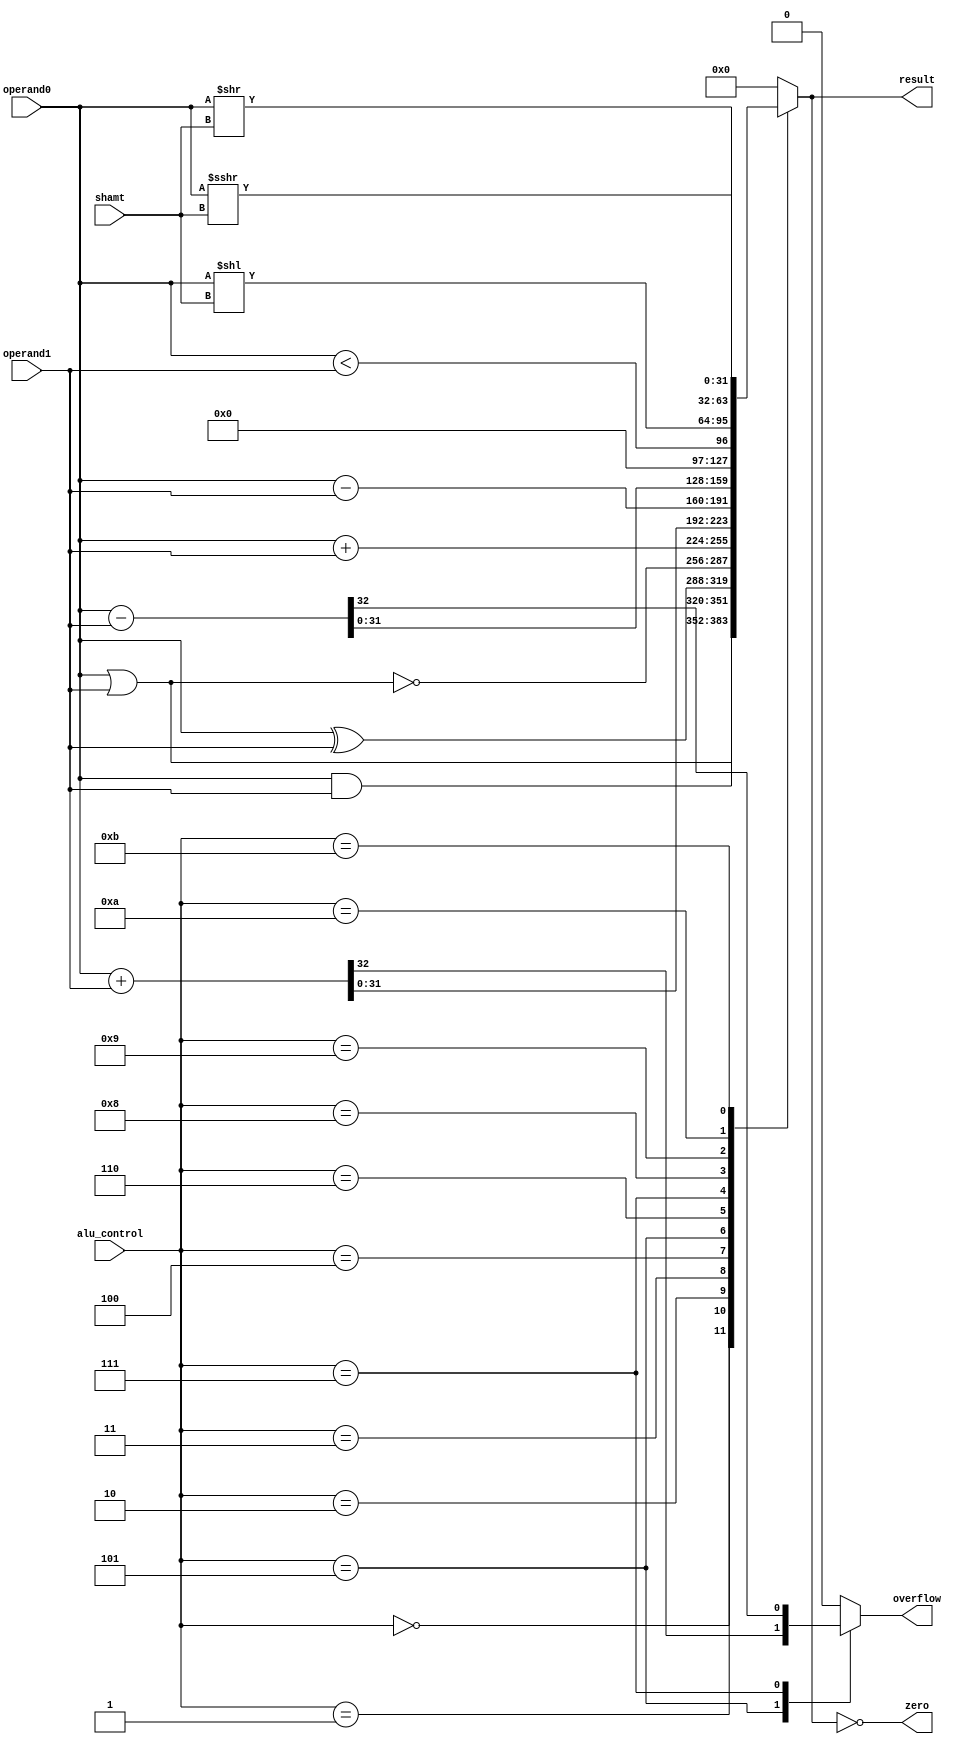
//////////////////////////////////////////////////////////////////////////////////////
//                                  Module Description                              //
// Module Name: ALU                                                                 //
// The ALU supports Add, Subtract, AND, OR, XOR, NOR, Set on Less than, Shift Left, // 
// Shift Right, and Shift Right Arithmetic. The specific operation that the ALU     //
// performs is specified by the 4-bit ?alu_control? bus.                            //
//////////////////////////////////////////////////////////////////////////////////////
module ALU 
  #(parameter Data_Width = 32)
  (
    //-------------------------------Input Ports------------------------------------//
    input   wire   [Data_Width - 1:0]    operand0, operand1,
    input   wire   [4:0]                 shamt,
    input   wire   [3:0]                 alu_control,
    //-------------------------------Output Ports------------------------------------//
    output  reg    [Data_Width - 1:0]    result,
    output  reg                          overflow, 
    output  wire                         zero
  );
  
// ALU zero Flag
assign zero     = (result == 'b0);
  
// ALU Functions Implementation
always @(*)
  begin
    overflow = 1'b0;
    result   =  'b0;
    case (alu_control)
      4'b0000: result = operand0 & operand1;
      4'b0001: result = operand0 | operand1;
      4'b0010: result = operand0 ^ operand1;
      4'b0011: result = ~(operand0 | operand1);
      4'b0100: result = operand0 + operand1;
      4'b0101: {overflow,result} = $signed (operand0) + $signed (operand1); 
      4'b0110: result = operand0 - operand1;
      4'b0111: {overflow,result} = $signed (operand0) - $signed (operand1); 
      4'b1000: result = ($signed (operand0) < $signed (operand1));
      4'b1001: result = operand0 << shamt;
      4'b1010: result = operand0 >> shamt;
      4'b1011: result = operand0 >>> shamt;
      default: result = 'b0;   
    endcase
  end
endmodule